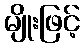
မျိုးဖြင့်